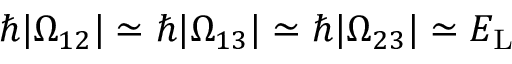
\hbar | \Omega _ { 1 2 } | \simeq \hbar | \Omega _ { 1 3 } | \simeq \hbar | \Omega _ { 2 3 } | \simeq E _ { \mathrm { L } }